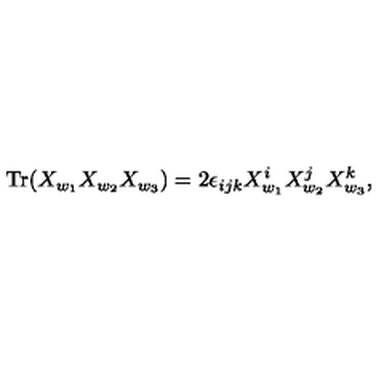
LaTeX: \mathrm { T r } ( X _ { w _ { 1 } } X _ { w _ { 2 } } X _ { w _ { 3 } } ) = 2 \epsilon _ { i j k } X _ { w _ { 1 } } ^ { i } X _ { w _ { 2 } } ^ { j } X _ { w _ { 3 } } ^ { k } ,